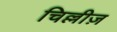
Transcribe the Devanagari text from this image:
चिल्लीज़